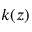
k ( z )